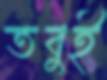
তবুই